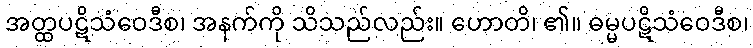
အတ္ထပဋိသံဝေဒီစ၊ အနက်ကို သိသည်လည်း။ ဟောတိ၊ ၏။ ဓမ္မပဋိသံဝေဒီစ၊